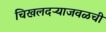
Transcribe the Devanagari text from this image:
चिखलदऱ्याजवळची